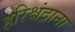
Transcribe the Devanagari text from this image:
हरिश्चंद्राना